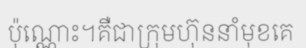
ប៉ុណ្ណោះ។គឺជាក្រុមហ៊ុននាំមុខគេ